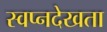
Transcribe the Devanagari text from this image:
स्वप्नदेखता